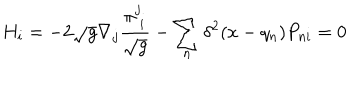
H _ { i } = - 2 \sqrt { g } \nabla _ { j } \frac { \pi _ { ~ i } ^ { j } } { \sqrt { g } } - \sum _ { n } \delta ^ { 2 } ( x - q _ { n } ) P _ { n i } = 0